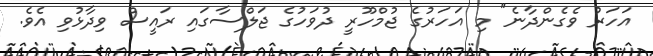
އަހަރު ވެގެންދާނެ" މި އަހަރުގެ ޖުމްހޫރީ ދުވަހުގެ ޖަލްސާގައި ރައީސް ވިދާޅުވި އެވެ.